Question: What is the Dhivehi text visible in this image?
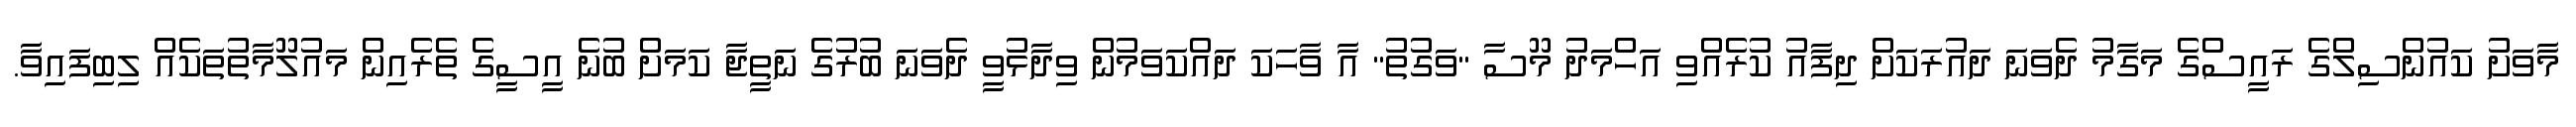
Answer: މާވަށު ކައުންސިލްގެ ރައީސްގެ މަގާމު ދެވަނަ ދައުރަކަށް ދިފާއު ކުރެއްވި އަހްމަދު މޫސާ "ވަގުތު" އާ ވާހަކަ ދައްކަވަމުން ވިދާޅުވީ ދެވަނަ ބުރުގެ ނަތީޖާ ކަމަށް ބުނެ އީސީގެ ތެރެއިން މައުލޫމާތުތަކެއް ލިބިފައިވާ.